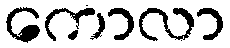
ကောလာ